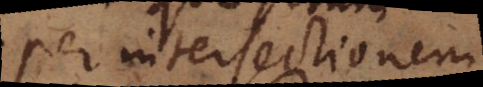
per intersectionem